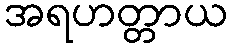
အရဟတ္တာယ